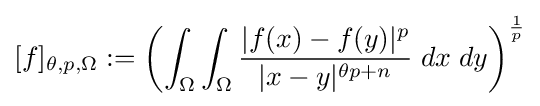
[f]_{\theta ,p,\Omega }:=\left(\int _{\Omega }\int _{\Omega }{\frac {|f(x)-f(y)|^{p}}{|x-y|^{\theta p+n}}}\;dx\;dy\right)^{\frac {1}{p}}